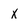
Character: x